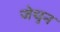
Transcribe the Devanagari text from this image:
जेथुन